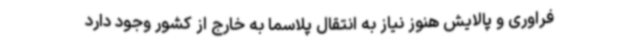
فراوری و پالایش هنوز نیاز به انتقال پلاسما به خارج از کشور وجود دارد